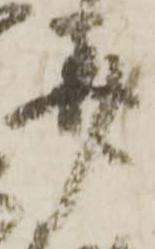
美